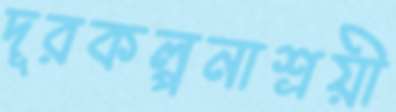
দূরকল্পনাশ্রয়ী